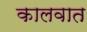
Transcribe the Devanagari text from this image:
कालवात